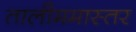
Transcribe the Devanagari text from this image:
तालीममास्तर